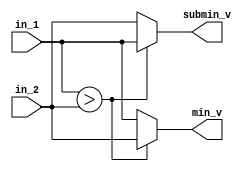
module comp2in2out #(
    parameter WIDTH = 7
)(    
    input  [WIDTH-1:0] in_1         ,
    input  [WIDTH-1:0] in_2         ,
 
    output reg [WIDTH-1:0] min_v    ,
    output reg [WIDTH-1:0] submin_v 
);
    
    always @(*) begin 
        if (in_1 > in_2) begin 
            min_v    = in_2;
            submin_v = in_1;
        end
        else begin 
            min_v    = in_1;
            submin_v = in_2;
        end
    end

endmodule